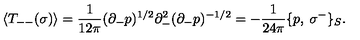
\langle T _ { -- } ( \sigma ) \rangle = \frac { 1 } { 1 2 \pi } ( \partial _ { - } p ) ^ { 1 / 2 } \partial _ { - } ^ { 2 } ( \partial _ { - } p ) ^ { - 1 / 2 } = - \frac { 1 } { 2 4 \pi } \{ p , \: \sigma ^ { - } \} _ { S } .